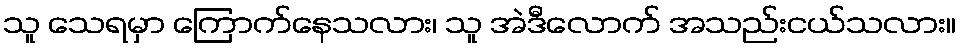
သူ သေရမှာ ကြောက်နေသလား၊ သူ အဲဒီလောက် အသည်းငယ်သလား။